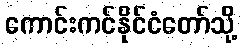
ကောင်းကင်နိုင်ငံတော်သို့